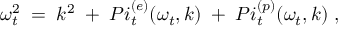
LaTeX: { \omega _ { t } ^ { 2 } \; = \; k ^ { 2 } \; + \; P i _ { t } ^ { ( e ) } ( \omega _ { t } , k ) \; + \; P i _ { t } ^ { ( p ) } ( \omega _ { t } , k ) \; , }